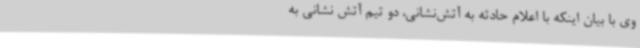
وی با بیان اینکه با اعلام حادثه به آتش‌نشانی، دو تیم آتش نشانی به